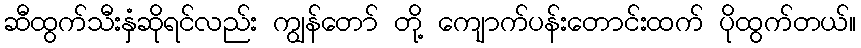
ဆီထွက်သီးနှံဆိုရင်လည်း ကျွန်တော် တို့ ကျောက်ပန်းတောင်းထက် ပိုထွက်တယ်။